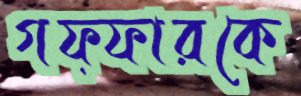
গফ্ফারকে